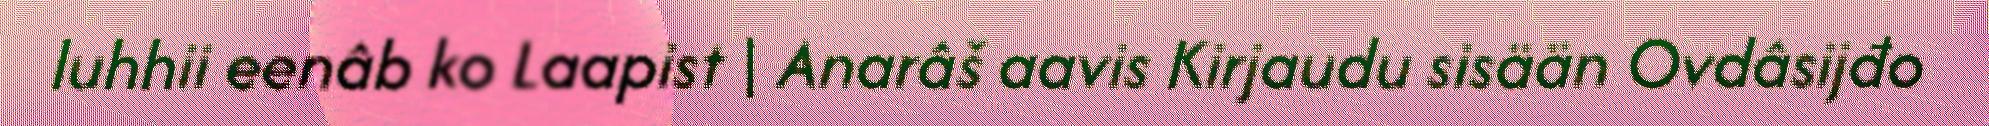
luhhii eenâb ko Laapist | Anarâš aavis Kirjaudu sisään Ovdâsijđo